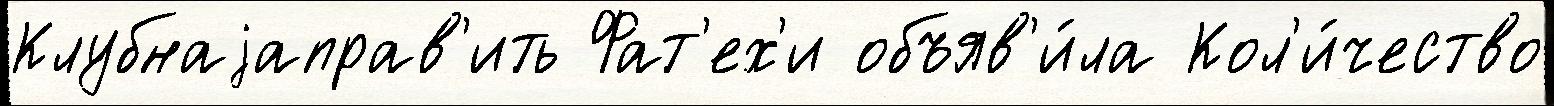
Клубнаjаправ'ить Фат'ех'и объяв'и́ла Кол'и́чество